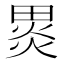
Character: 𭻞